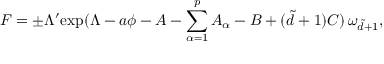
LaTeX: F = \pm \Lambda ^ { \prime } \mathrm { e x p } ( \Lambda - a \phi - A - \sum _ { \alpha = 1 } ^ { p } A _ { \alpha } - B + ( \tilde { d } + 1 ) C ) \, \omega _ { \tilde { d } + 1 } ,